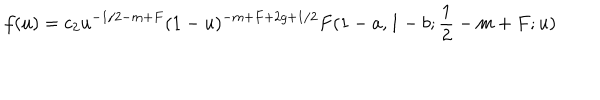
f ( u ) = c _ { 2 } u ^ { - 1 / 2 - m + F } ( 1 - u ) ^ { - m + F + 2 g + 1 / 2 } F ( 1 - a , 1 - b ; \frac 1 2 - m + F ; u )